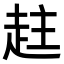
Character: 𧻄